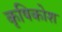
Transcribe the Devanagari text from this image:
कृषिकोश